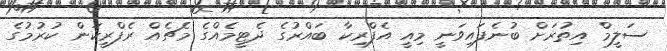
ސަލީމް އިތުރަށް ބުނެފައިވަނީ މިއީ އެފްރިކާ ބައްރުގެ ދެޓީމެއްގެ މެޗެއް ރެފްރީކަން ކުރުމުގެ